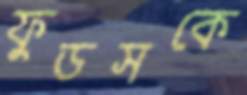
ফুডসকে